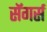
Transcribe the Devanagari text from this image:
सॅगर्स